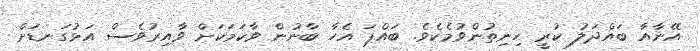
އޭނާއާ ބައްދަލު ކުރީ ހިނިތުންވުމެކެވެ. ބައްޕަ އެހާ ބާނުން ވާކަމަކަށް ވާއިރުވެސް އަޅުގަނޑަށް